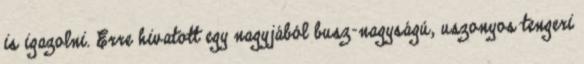
is igazolni. Erre hivatott egy nagyjából busz-nagyságú, uszonyos tengeri